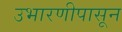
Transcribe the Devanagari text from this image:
उभारणीपासून